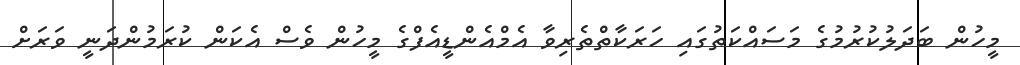
މީހުން ބަދަލުކުރުމުގެ މަސައްކަތުގައި ހަރަކާތްތެރިވާ އެމްއެންޑީއެފްގެ މީހުން ވެސް އެކަން ކުރަމުންދަނީ ވަރަށް